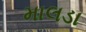
માલડા